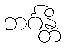
ဘင်္ဂန္တိ